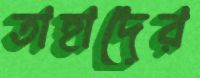
তাহাদের